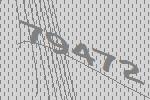
79472